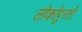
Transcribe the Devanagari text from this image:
लोकांपुरती